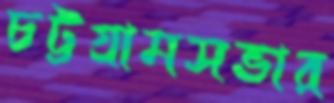
চট্টগ্রামসভার